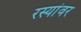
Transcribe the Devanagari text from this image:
रस्यांवर